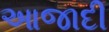
આજાદી